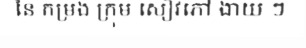
នៃ កម្រង ក្រុម សៀវភៅ ងាយ ៗ